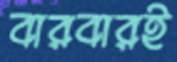
বারবারই